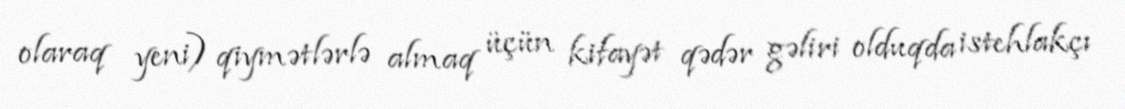
olaraq yeni) qiymətlərlə almaq üçün kifayət qədər gəliri olduqda istehlakçı